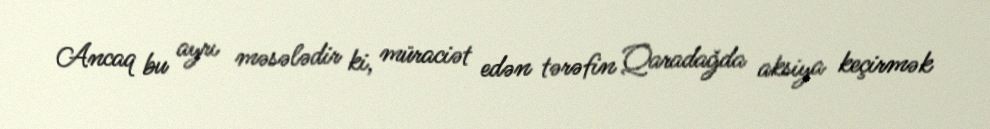
Ancaq bu ayrı məsələdir ki, müraciət edən tərəfin Qaradağda aksiya keçirmək